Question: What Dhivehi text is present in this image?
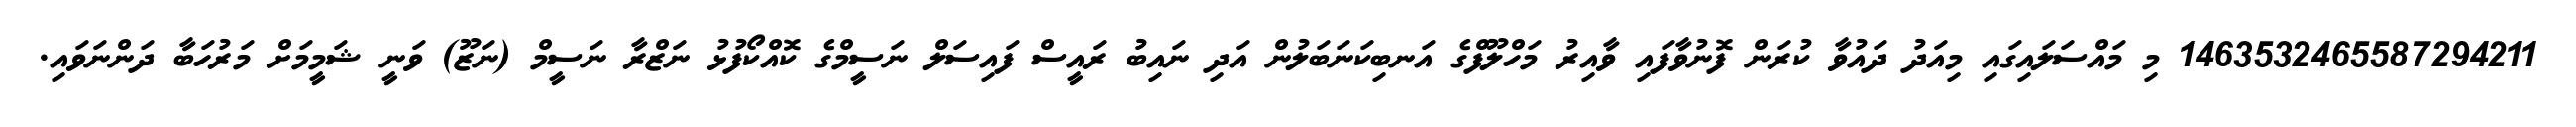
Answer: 1463532465587294211 މި މައްސަލައިގައި މިއަދު ދައުވާ ކުރަން ފޮނުވާފައި ވާއިރު މަހްލޫފްގެ އަނބިކަނަބަލުން އަދި ނައިބު ރައީސް ފައިސަލް ނަސީމްގެ ކޮއްކޯފުޅު ނަޒްރާ ނަސީމް (ނަޒޫ) ވަނީ ޝަމީމަށް މަރުހަބާ ދަންނަވައި.